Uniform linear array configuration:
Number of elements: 24
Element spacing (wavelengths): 0.25
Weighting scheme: blackman
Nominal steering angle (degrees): -45
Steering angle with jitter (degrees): -44.421
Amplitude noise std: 0.05
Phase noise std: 0.05

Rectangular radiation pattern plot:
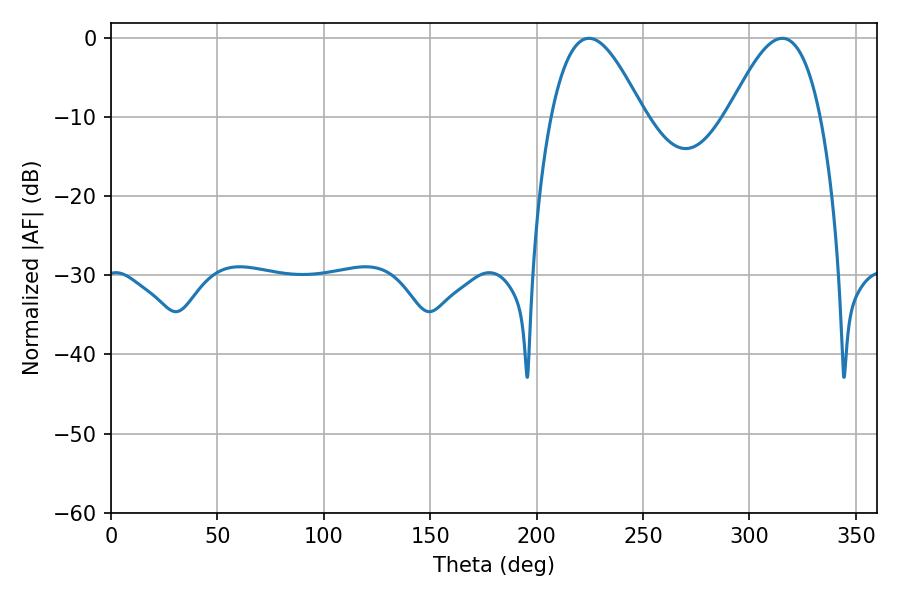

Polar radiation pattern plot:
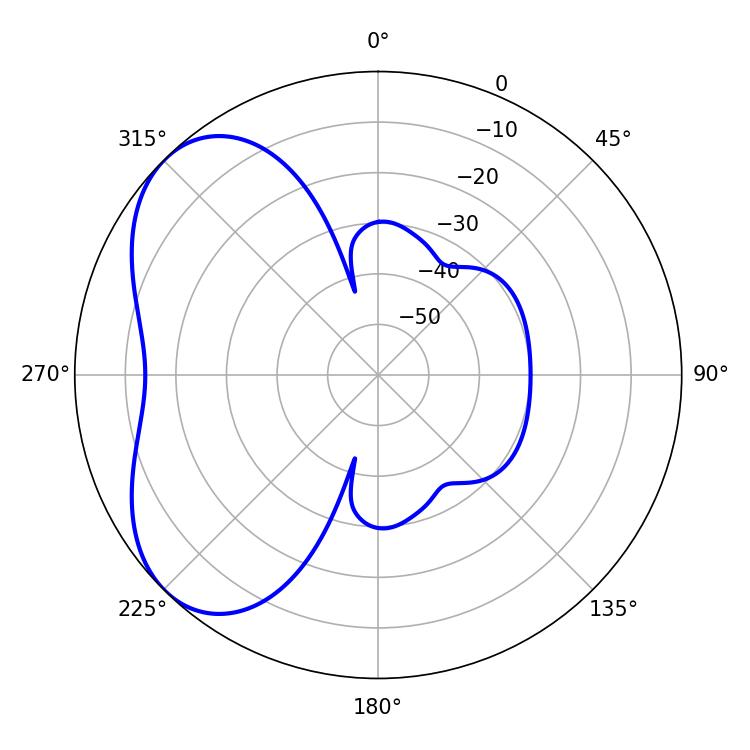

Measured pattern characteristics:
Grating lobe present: FALSE
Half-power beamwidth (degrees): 23.4
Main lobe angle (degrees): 224.64